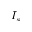
I _ { s }